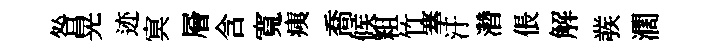
咎晃迹㝠層含寬痍喬候粗竹搴汙濳倀解彂濶